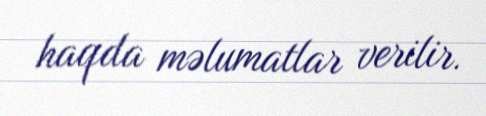
haqda məlumatlar verilir.